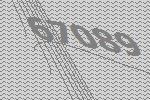
67089